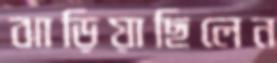
ঝাড়িয়াছিলেন